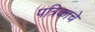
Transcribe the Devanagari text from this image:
पत्रिकाचे